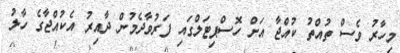
މިހާރު ވެސް ތުއްތު ކުއްޖާ އަށް ހޮސްޕިޓަލްގައި ފަރުވާދެމުން ދާއިރު އެކުއްޖާގެ ހާލު